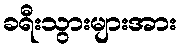
ခရီးသွားများအား